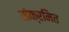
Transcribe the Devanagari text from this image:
संक्रमित